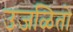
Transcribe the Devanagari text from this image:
उजळितो